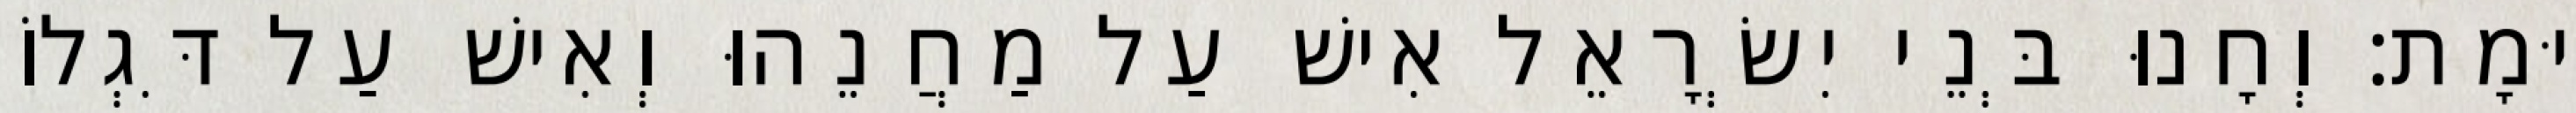
יוּמָת׃ וְחָנוּ בְּנֵי יִשְׂרָאֵל אִישׁ עַל מַחֲנֵהוּ וְאִישׁ עַל דִּגְלוֹ